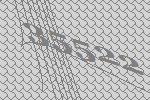
35522